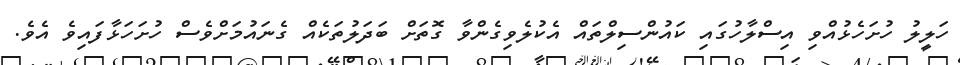
ހަލީލު ހުށަހެޅުއްވި އިސްލާހުގައި ކައުންސިލްތައް އެކުލެވިގެންވާ ގޮތަށް ބަދަލުތަކެއް ގެނައުމަށްވެސް ހުށަހަޅާފައިވެ އެވެ.